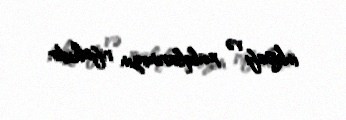
inkişafı və xalqlarımızın rifahıdır.